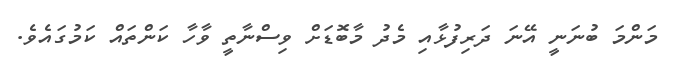
މަންމަ ބުނަނީ އޭނަ ދަރިފުޅާއި މެދު މާބޮޑަށް ވިސްނާތީ ވާހާ ކަންތައް ކަމުގައެވެ.